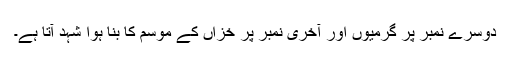
دوسرے نمبر پر گرمیوں اور آخری نمبر پر خزاں کے موسم کا بنا ہوا شہد آتا ہے۔